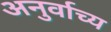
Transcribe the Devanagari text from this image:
अनुर्वाच्य